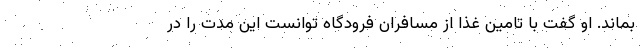
بماند. او گفت با تامین غذا از مسافران فرودگاه توانست این مدت را در